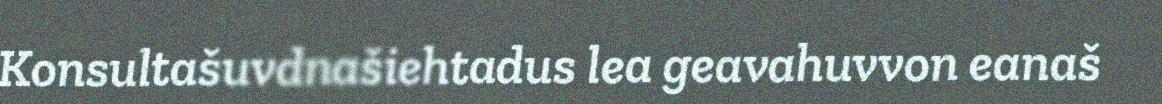
Konsultašuvdnašiehtadus lea geavahuvvon eanaš